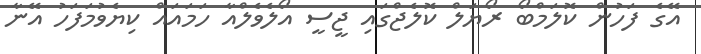
އޭގެ ފަހުން ކޮލަމްބޯ ރޯޔަލް ކޮލެޖްގައި ޖީސީ އޯލެވެލްއާ ހަމައައް ކިޔެވުމަފަހު އޭނާ